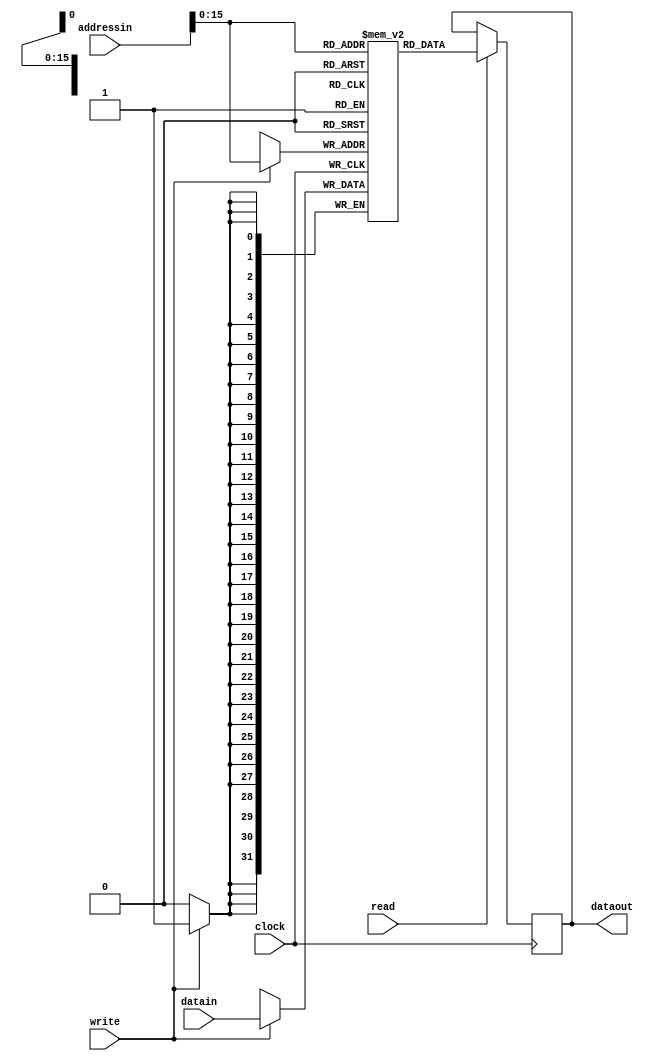
`timescale 1ns / 1ps
//////////////////////////////////////////////////////////////////////////////////
// Company: 
// Engineer: 
// 
// Design Name: 
// Module Name: data
// Project Name: 
// Target Devices: 
// Tool Versions: 
// Description: 
// 
// Dependencies: 
// 
// Revision:
// Revision 0.01 - File Created
// Additional Comments:
// 
//////////////////////////////////////////////////////////////////////////////////


module data(clock,read,write,addressin,datain,dataout);

input clock;
input write;
input read;

reg [31:0] mem [65535:0];

input [31:0] addressin;
input [31:0] datain;

output reg [31:0] dataout;

always@(posedge clock)
begin
    //read data from blocks[i] into dataout
    if (read == 1)
    begin
    
        dataout = mem[addressin[15:0]];
        
    end
    
    //write data from writein into blocks[i]
    if (write == 1)
    begin
    
        mem[addressin[15:0]] = datain;
    
    end
    

end
endmodule